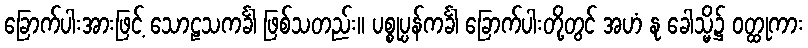
ခြောက်ပါးအားဖြင့် သောဠသကင်္ခါ ဖြစ်သတည်း။ ပစ္စုပ္ပန်ကင်္ခါ ခြောက်ပါးတို့တွင် အဟံ နု ခေါသ္မိ၌ ဝတ္ထုကား